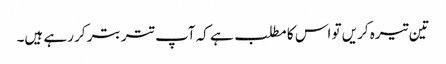
تین تیرہ کریں تو اس کا مطلب ہے کہ آپ تتر بتر کر رہے ہیں۔